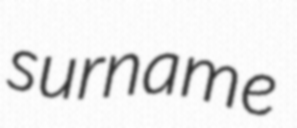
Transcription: surname